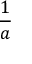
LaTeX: \frac { 1 } { a }